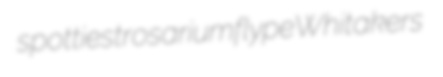
spottiest rosarium flype Whitakers